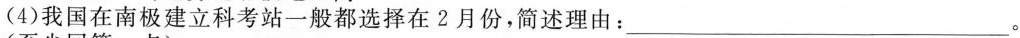
(4)我国在南极建立科考站一般都选择在2月份，简述理由：___。